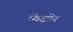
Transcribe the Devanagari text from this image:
फेडोर